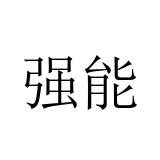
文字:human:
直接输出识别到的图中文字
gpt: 强能